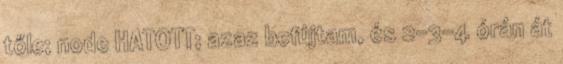
tőle; node HATOTT; azaz befújtam, és 2-3-4 órán át